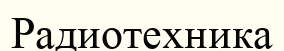
Радиотехника